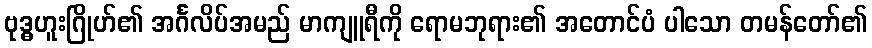
ဗုဒ္ဓဟူးဂြိုဟ်၏ အင်္ဂလိပ်အမည် မာကျူရီကို ရောမဘုရား၏ အတောင်ပံ ပါသော တမန်တော်၏